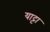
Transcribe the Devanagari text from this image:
याट्टा